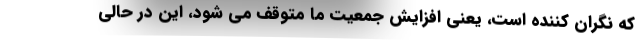
که نگران کننده است، یعنی افزایش جمعیت ما متوقف می شود، این در حالی